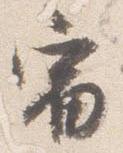
宿